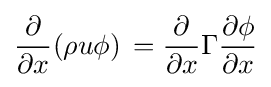
{\frac {\partial }{\partial x}}(\rho u\phi )\,={\frac {\partial }{\partial x}}\Gamma {\frac {\partial \phi }{\partial x}}